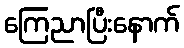
ကြေညာပြီးနောက်